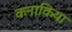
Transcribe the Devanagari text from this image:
कनाकिया